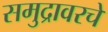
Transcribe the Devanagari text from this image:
समुद्रावरचे